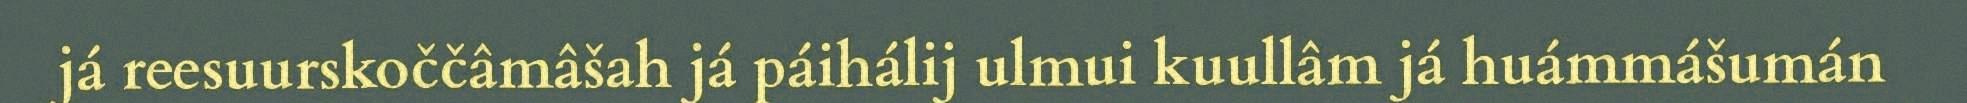
já reesuurskoččâmâšah já páihálij ulmui kuullâm já huámmášumán